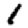
Digit: 1